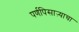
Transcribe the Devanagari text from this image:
पर्णपिसाऱ्याचा